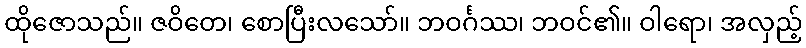
ထိုဇောသည်။ ဇဝိတေ၊ စောပြီးလသော်။ ဘဝင်္ဂဿ၊ ဘဝင်၏။ ဝါရော၊ အလှည့်